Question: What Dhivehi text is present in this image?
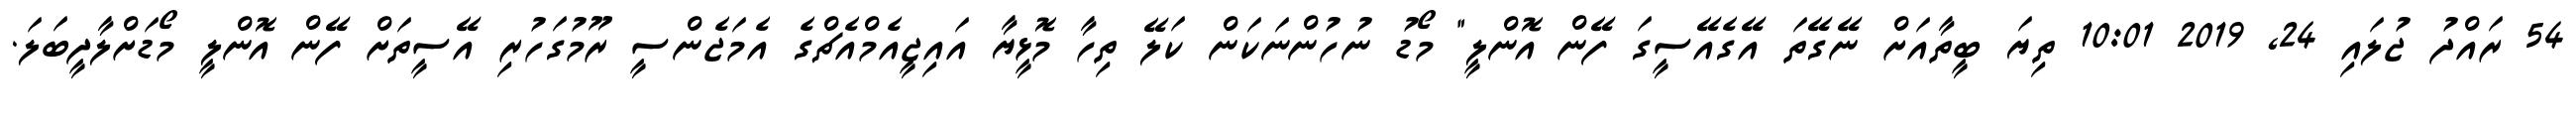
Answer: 54 ރައްދު ޖުލައި 24, 2019 10:01 ތިޔަ ބީތާއަށް ނޭގޭތަ އޭގެއޭސީގަ ފޭން އޮންލީ" މޯޑު ނުހުންނަކަން ކަލޭ ތިހާ މޮޅީޔާ އައިޖީއެމްއެޗްގެ އެމަޖެންސީ ރޫމުގަހުރި އޭސީތަށް ފޭން އޮންލީ މޯޑަށްލާދީބަލަ.